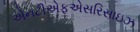
એનટીએફએસરિસાઇઝ